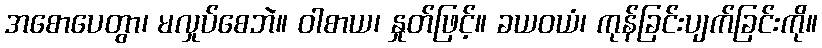
အစောပေတွာ၊ မလှုပ်စေဘဲ။ ဝါစာယ၊ နှုတ်ဖြင့်။ ခယဝယံ၊ ကုန်ခြင်းပျက်ခြင်းကို။